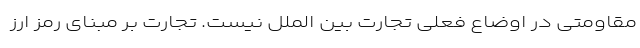
مقاومتی در اوضاع فعلی تجارت بین الملل نیست. تجارت بر مبنای رمز ارز